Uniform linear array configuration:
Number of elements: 12
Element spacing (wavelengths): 0.25
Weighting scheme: binomial
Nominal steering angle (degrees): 30
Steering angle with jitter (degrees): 30.984
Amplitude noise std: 0.05
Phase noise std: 0.05

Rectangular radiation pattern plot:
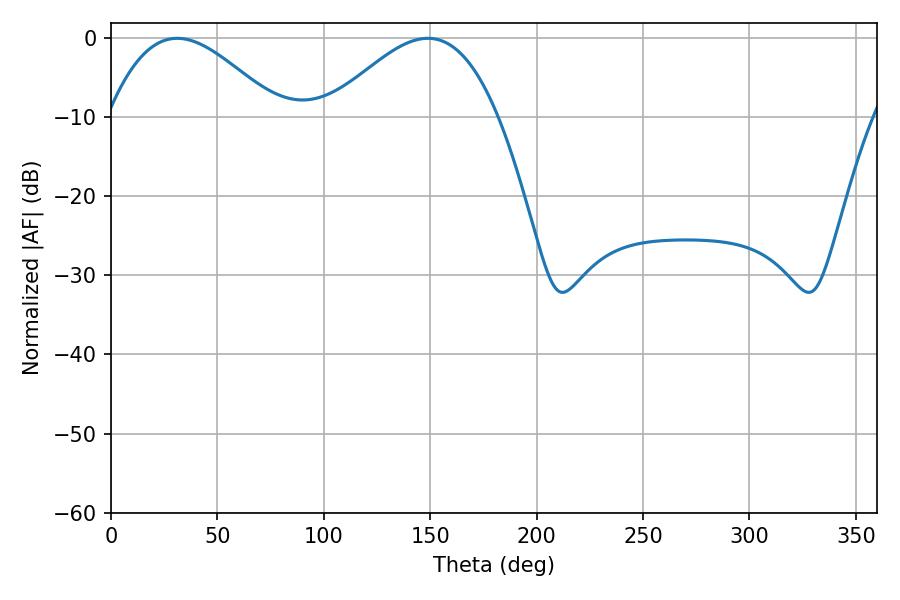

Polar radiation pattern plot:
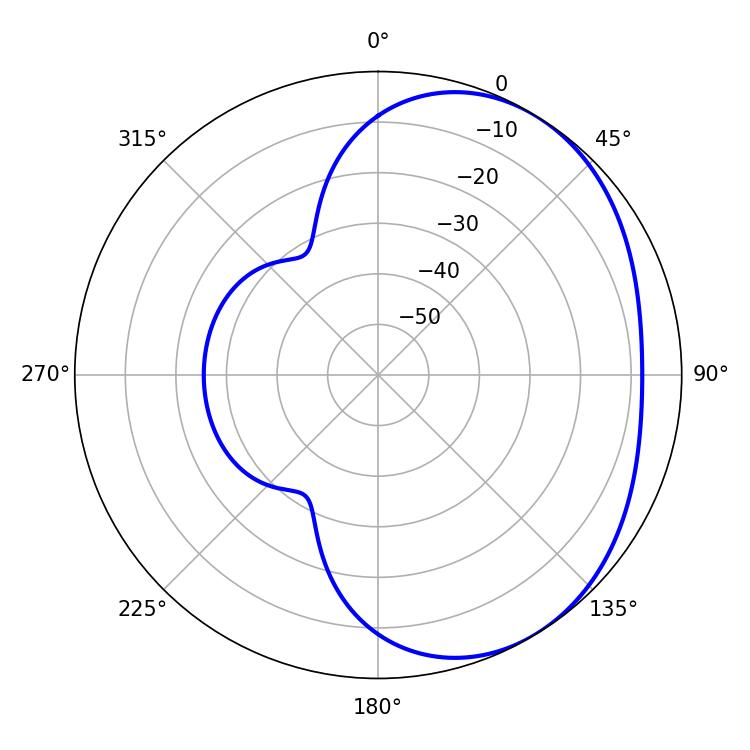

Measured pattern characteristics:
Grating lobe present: FALSE
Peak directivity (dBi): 3.194
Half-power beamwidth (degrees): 43.02
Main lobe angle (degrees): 31.14